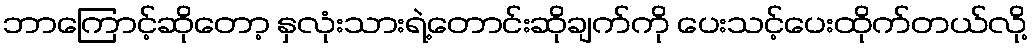
ဘာကြောင့်ဆိုတော့ နှလုံးသားရဲ့တောင်းဆိုချက်ကို ပေးသင့်ပေးထိုက်တယ်လို့